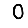
Digit: 0